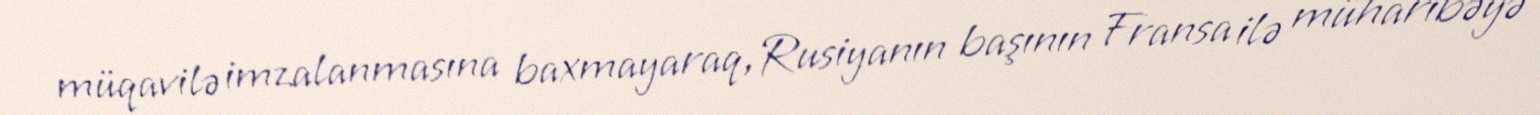
müqavilə imzalanmasına baxmayaraq,Rusiyanın başının Fransa ilə müharibəyə